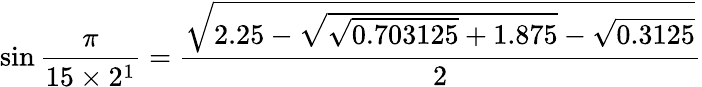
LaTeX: \sin{\frac{\pi}{15\times 2^{1}}}={\frac{\sqrt{2.25-{\sqrt{{\sqrt{0.703125}}+1.875}}-{\sqrt{0.3125}}}}{2}}